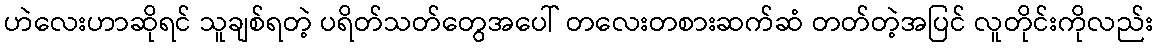
ဟဲလေးဟာဆိုရင် သူချစ်ရတဲ့ ပရိတ်သတ်တွေအပေါ် တလေးတစားဆက်ဆံ တတ်တဲ့အပြင် လူတိုင်းကိုလည်း